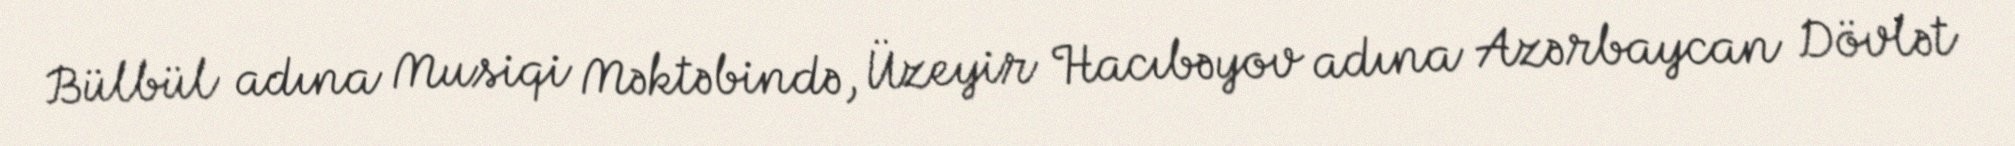
Bülbül adına Musiqi Məktəbində, Üzeyir Hacıbəyov adına Azərbaycan Dövlət